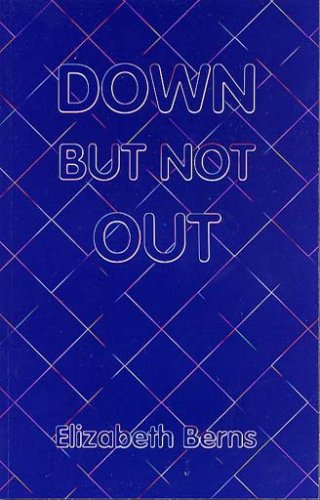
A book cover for Down But Not Out; Elizabeth Berns; Health, Fitness & Dieting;